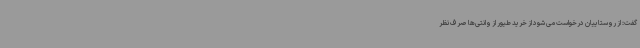
گفت: از روستاییان درخواست می شود از خرید طیور از وانتی‌ها صرف نظر